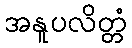
အနူပလိတ္တံ